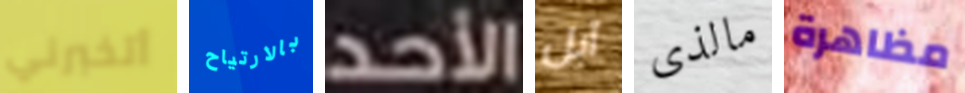
أتخبرني بالارتياح الأحد آبل مالذى مظاهرة